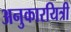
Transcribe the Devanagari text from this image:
अनुकारयित्री